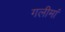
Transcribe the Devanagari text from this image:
गलीमां